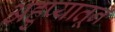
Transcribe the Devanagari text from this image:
अहुप्यातून